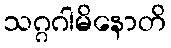
သဂ္ဂဂါမိနောတိ